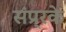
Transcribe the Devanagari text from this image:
संप्र्रके